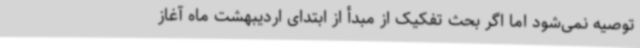
توصیه نمی‌شود اما اگر بحث تفکیک از مبدأ از ابتدای اردیبهشت ماه آغاز